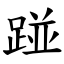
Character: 踫